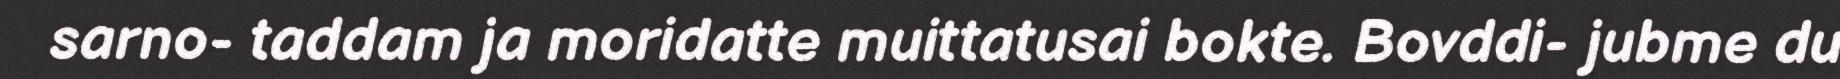
sarno- taddam ja moridatte muittatusai bokte. Bovddi- jubme du